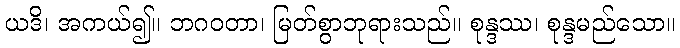
ယဒိ၊ အကယ်၍။ ဘဂဝတာ၊ မြတ်စွာဘုရားသည်။ စုန္ဒဿ၊ စုန္ဒမည်သော။